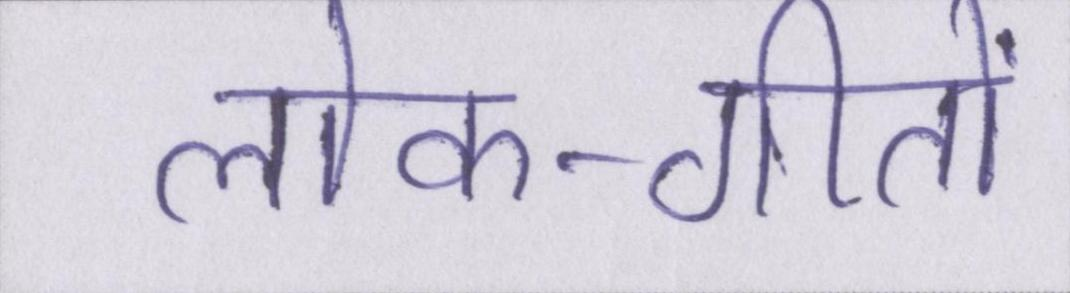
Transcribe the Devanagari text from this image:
लोक-गीतों